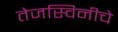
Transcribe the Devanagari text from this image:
तेजस्विनीचे